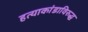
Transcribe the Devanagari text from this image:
हत्याकांडाविरुद्ध